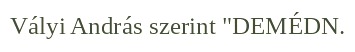
Vályi András szerint "DEMÉDN.